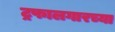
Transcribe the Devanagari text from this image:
ट्रफालगारच्या